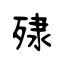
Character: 殔